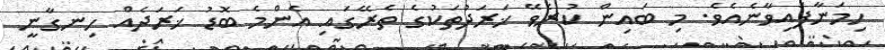
ހިމަނާފައިވާނެއެވެ. މި ބައިން ކުރެވޭ ޚަރަދުތަކުގެ ތެރޭގައި އެންމެ ބޮޑު ޚަރަދެއް ހިނގާނީ